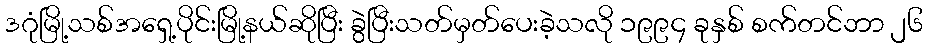
ဒဂုံမြို့သစ်အရှေ့ပိုင်းမြို့နယ်ဆိုပြီး ခွဲပြီးသတ်မှတ်ပေးခဲ့သလို ၁၉၉၄ ခုနှစ် စက်တင်ဘာ ၂၆